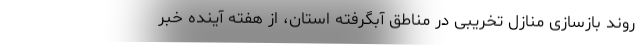
روند بازسازی منازل تخریبی در مناطق آبگرفته استان، از هفته آینده خبر